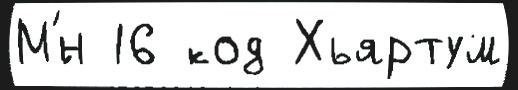
М'́н 16 код Хьяртум